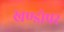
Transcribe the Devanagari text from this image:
खण्डोपर